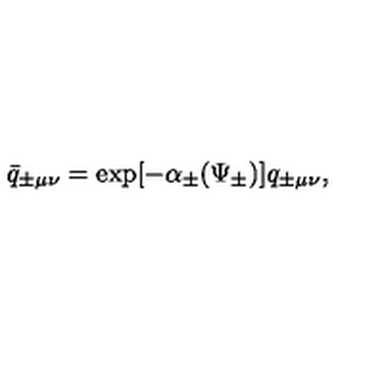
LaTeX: \bar { q } _ { \pm \mu \nu } = \exp [ - \alpha _ { \pm } ( \Psi _ { \pm } ) ] q _ { \pm \mu \nu } ,